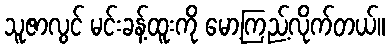
သူဇာလွင် မင်းခန့်ထူးကို မော့ကြည့်လိုက်တယ်။